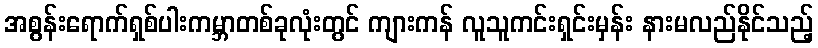
အစွန်းရောက်ရှစ်ပါးကမ္ဘာတစ်ခုလုံးတွင် ကျားကန် လူသူကင်းရှင်းမှန်း နားမလည်နိုင်သည့်